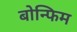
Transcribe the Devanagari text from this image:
बोन्फिम